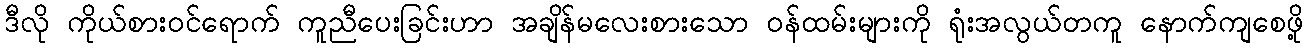
ဒီလို ကိုယ်စားဝင်ရောက် ကူညီပေးခြင်းဟာ အချိန်မလေးစားသော ဝန်ထမ်းများကို ရုံးအလွယ်တကူ နောက်ကျစေဖို့